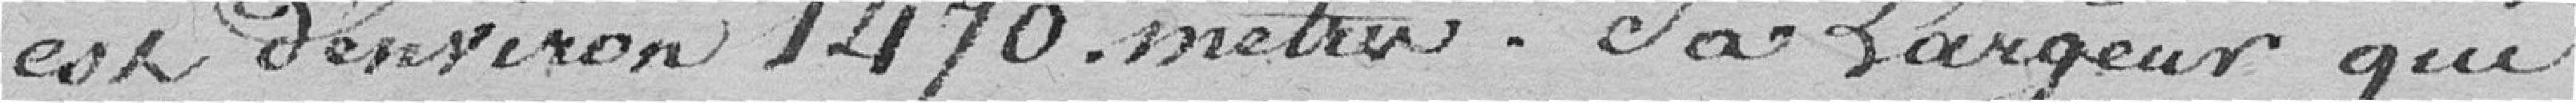
est d'environ 1 470 mètres. Sa largeur qui